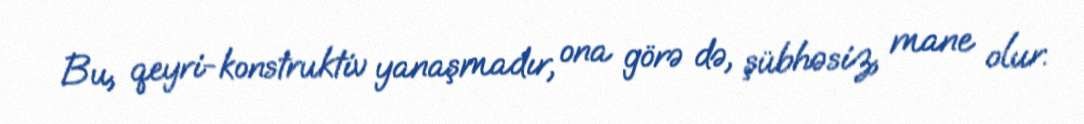
Bu, qeyri-konstruktiv yanaşmadır, ona görə də, şübhəsiz, mane olur.